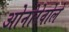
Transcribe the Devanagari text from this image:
ओनोरेवोले